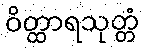
ဝိတ္ထာရသုတ္တံ